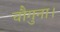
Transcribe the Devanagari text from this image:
चौगुना।